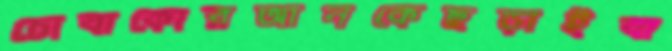
চোবাকোরআনকেছড়াইবা